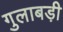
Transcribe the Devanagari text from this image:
गुलाबड़ी